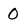
Character: 0